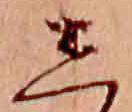
し